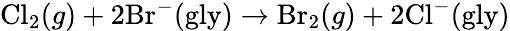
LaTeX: \mathrm{Cl}_{2}(g)+2\mathrm{Br}^{-}(\mathrm{gly})\rightarrow\mathrm{Br}_{2}(g)+2\mathrm{Cl}^{-}(\mathrm{gly})